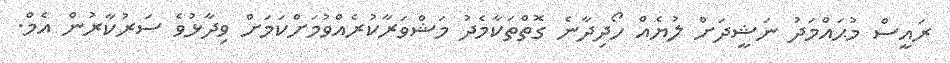
ރައީސް މުޙައްމަދު ނަޝީދަށް ލުޔެއް ހޯދިދާނެ ގޮތްތަކާމެދު މަޝްވަރާކުރެއްވުމަށްކަމަށް ވިދާޅުވެ ސަރުކާރުން އެމް.